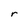
Character: r